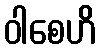
ဝါစေဟိ